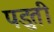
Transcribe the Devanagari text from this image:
पडुती